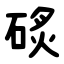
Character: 䂹